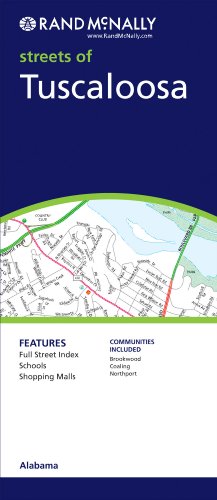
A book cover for Streets of Tuscaloosa, Alabama (Rand McNally Streets Of...); Rand McNally and Company; Travel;